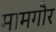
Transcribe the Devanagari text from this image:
मामगौर